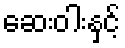
ဆေးဝါးနှင့်